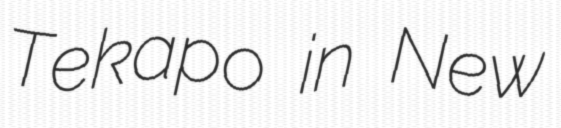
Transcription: Tekapo in New